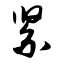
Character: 紧